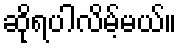
ဆိုရပါလိမ့်မယ်။